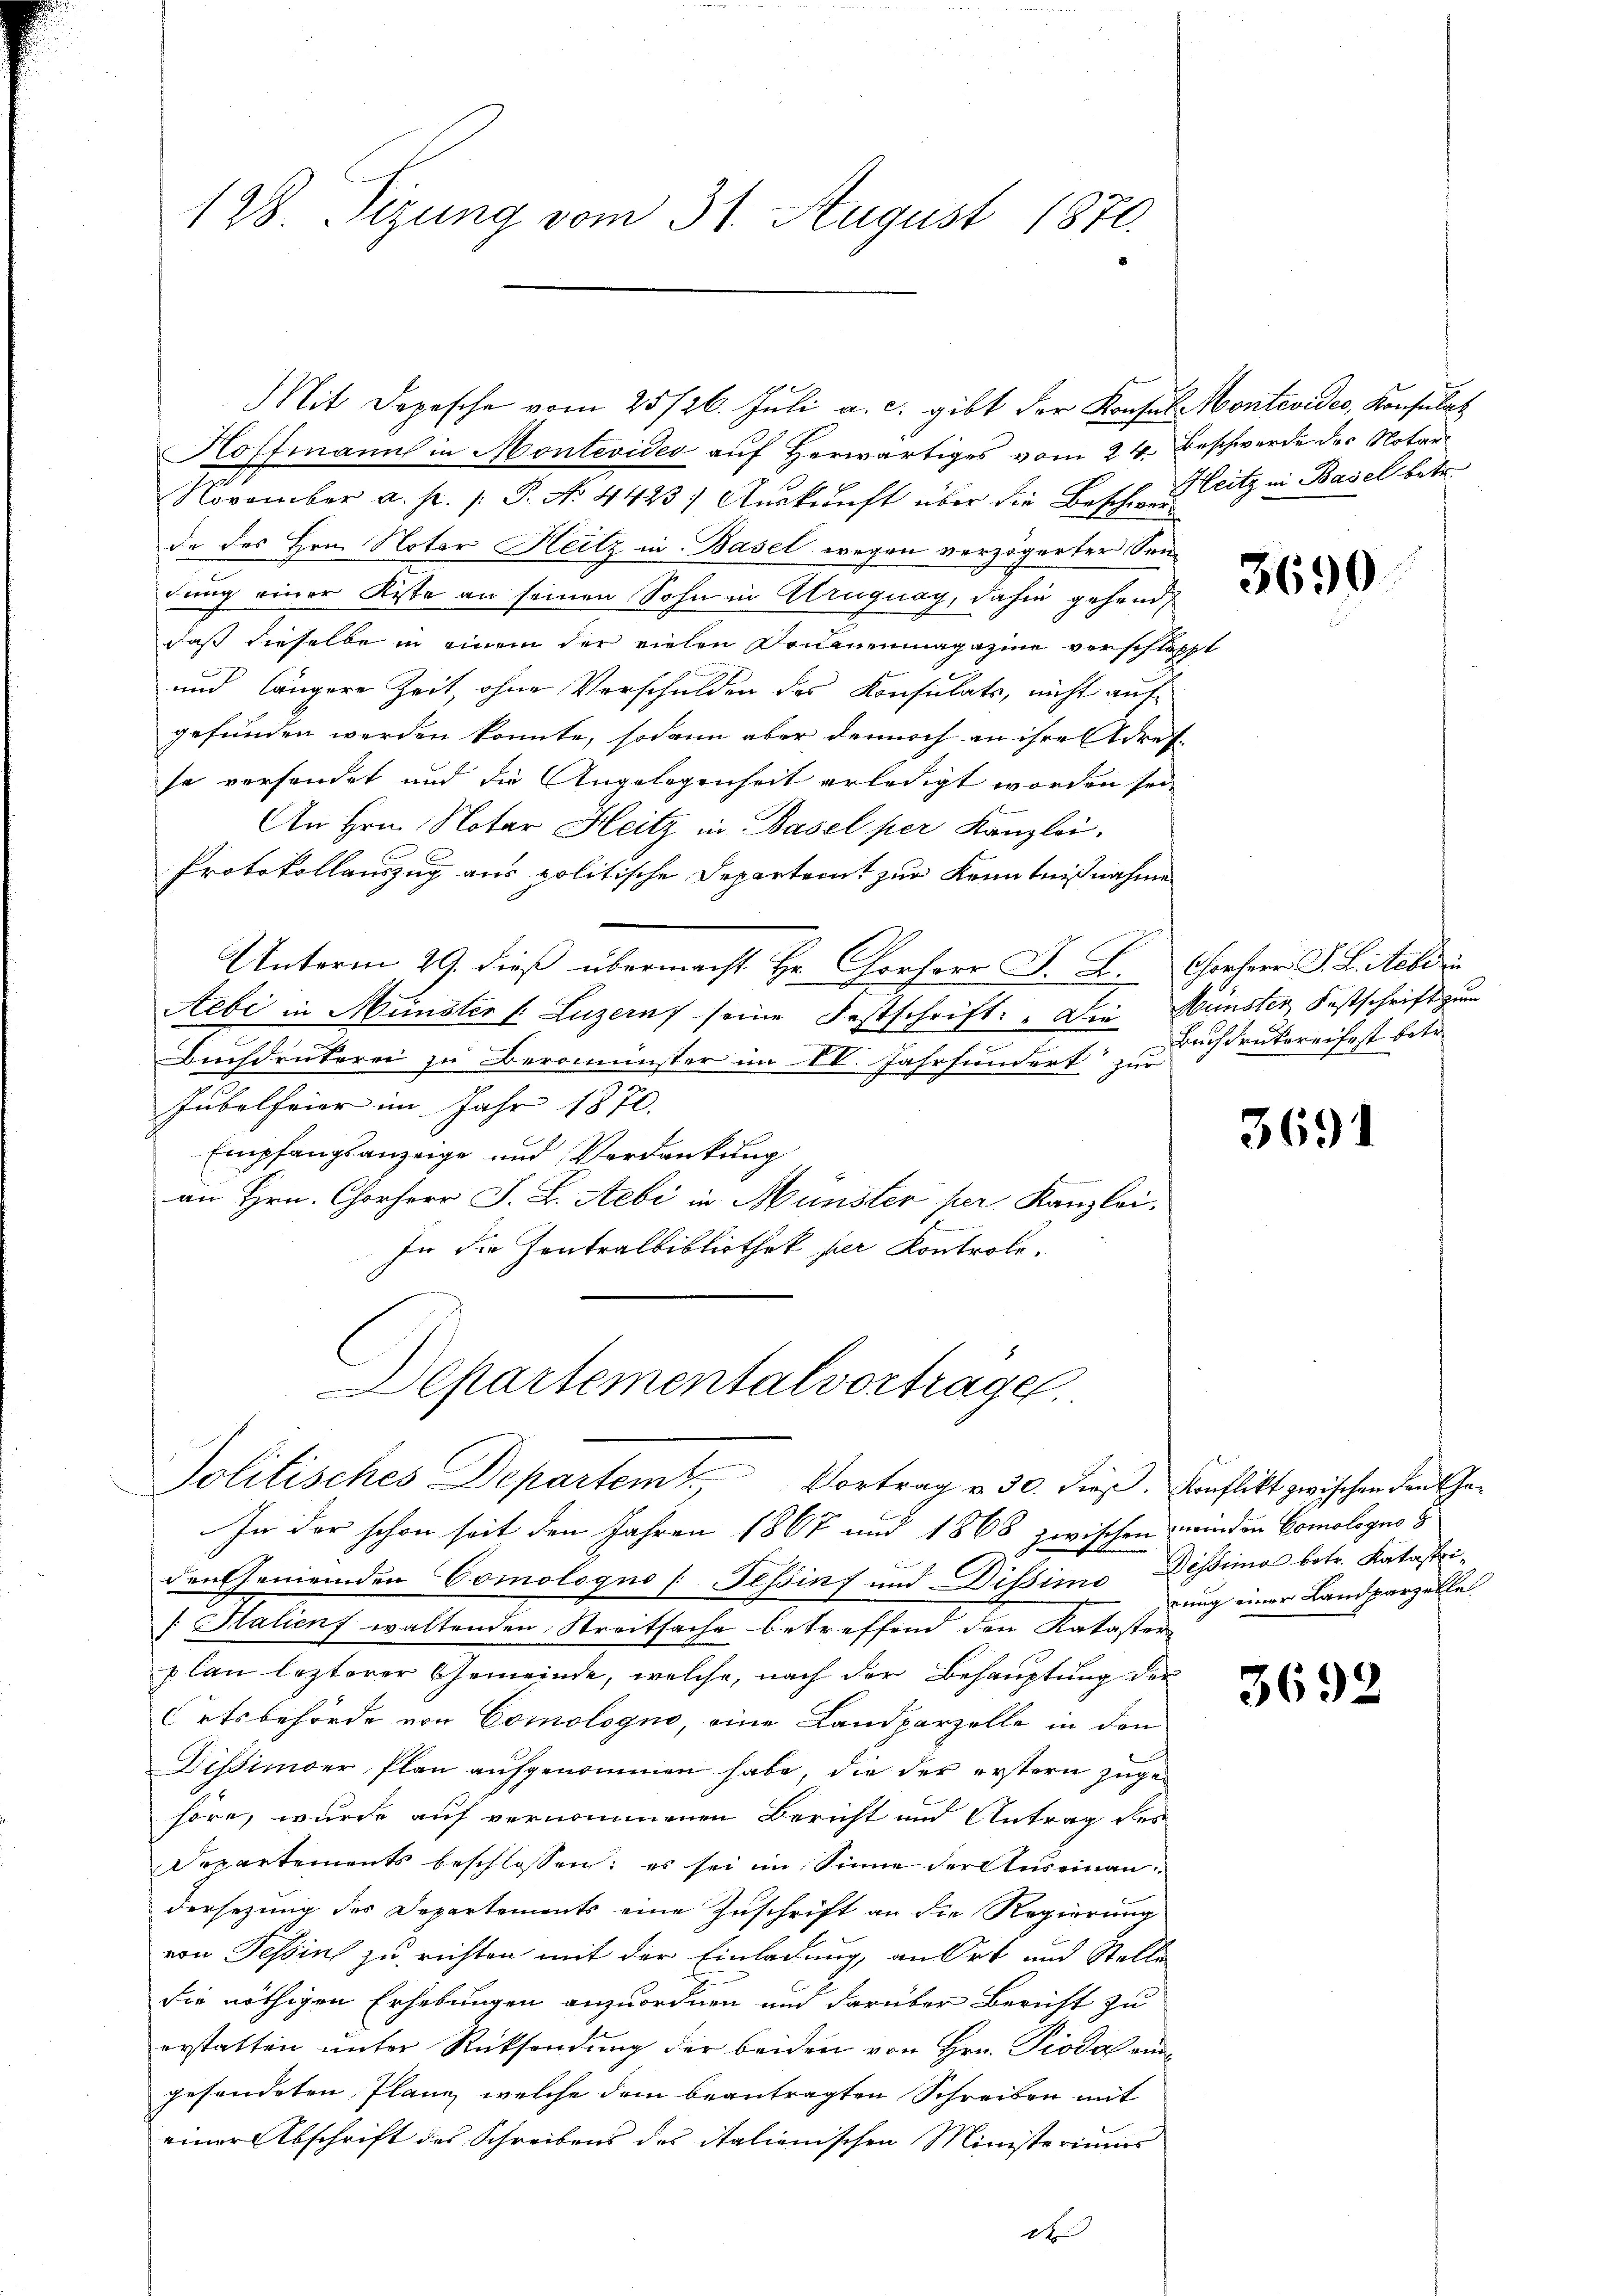
128. Sizung vom 31. August 1870.

Hoffmann in Montevides auf Herwärtiges vom 24. Beschwerde des Notar
November a. p. /: P. No. 4423. Aŭskŭnft über die Beschlitz in Basel betr.
de des Hrn. Notar Heitz in Basel wegen verzögerter Sendung einer Kiste an seinen Sohn in Alruguag, dahin gehanddaß dieselbe in einen der vielen Donauenmagazine verschlopt
l
und längere Zeit, ohne Vorschulden des Konsulats, nicht auf
gefunden werden konnte, sodann aber dennoch an ihre Adresso versendet und die Angelegenheit erledigt worden sei.
An Hrn. Notar Heitz in Basel per Kanzlei.
Protokollauszug aus politische Departeit zur Kenntnißnahme
Unterm 29. dieß übermacht Hr. Chorherr J. L. Chorherr J. L. Aeber
Aebi in Münster f. Luzern seine Festschrift: " Die Wünster Festschrift zum
Buchdunterei zu Beromünster im IV. Jahrhundert zur
Jubelfeier im Jahr 1870.
Empfangsanzeige und Verdankung
an Hrn. Chorherr J. L. Aebi in Münster per Kanzlei.
In die Contralbibliothek per Kontrole.
Departementalvortrage

den Gemeinden Comologno (Tessint und Dissimo Dissimo betr. Katastri¬
 Salienf waltenden Streitsache betreffend den Kataster
plan lezterer Gemeinde, welche, nach der Behauptung der
Ortsbehörde von Comologno, eine Landparzelle in den
Dissimoer Plan aufgenommen habe, die der erstern zugehöre, wurde auf vernommenen Bericht und Antrag des
Departements beschlossen: es sei im Sinne der Auseinandersezung des Departements eine Zuschrift an die Regierung
von Tessin zu richten mit der Einladung, an Ort und Stelle
die nöthigen Erhebungen anzuordnen und darüber Bericht zu
erstatten unter Rücksendung der beiden von Hrn. Pioda eingesondeten Flanz, welche dem beantragten Schreiben mit
einer Abschrift des Schreibens des italienischen Ministeriums
2

Mit Depesche vom 25/26. Jŭli a. c. gibt der Konsul Montevides, Konsulat

Politisches Departem Vortrag v. 30. dieß. Konflikt zwischen den Ehe¬

In der schon seit den Jahren 1867 und 1868 zwischen meinden Comolognos

3699

Buchdrukereifest betr.

3691

rung einer Landparzelle

3692